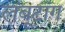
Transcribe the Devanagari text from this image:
लंबूटांग